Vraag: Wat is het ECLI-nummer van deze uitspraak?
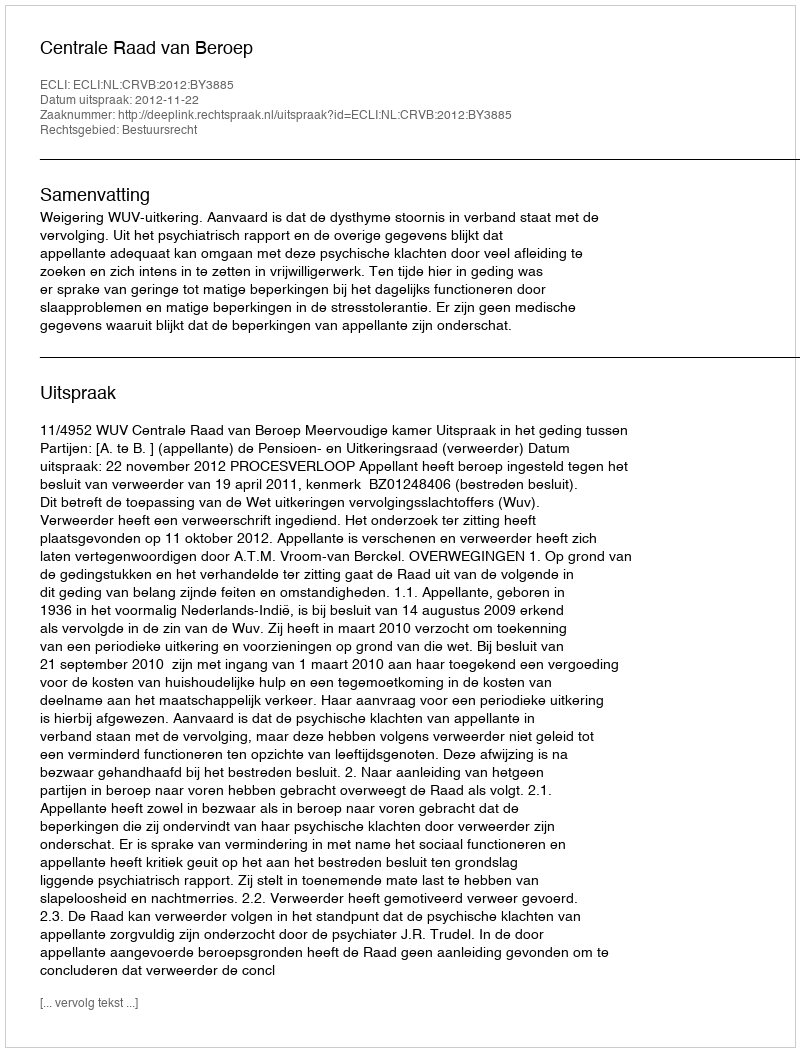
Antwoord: ECLI:NL:CRVB:2012:BY3885